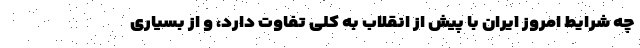
چه شرایط امروز ایران با پیش از انقلاب به کلی تفاوت دارد، و از بسیاری